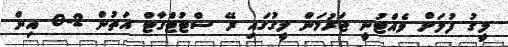
ލީގު ފުލަށް ވެއްޓުނީ ޖަރުމަން ލީގުގައި ރޭ ސްޓުޓްގާޓް އަތުން 2-0 އިން